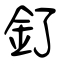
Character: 釕